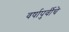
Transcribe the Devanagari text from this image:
वर्षापुर्वीचे